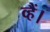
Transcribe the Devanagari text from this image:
व्हैं।